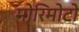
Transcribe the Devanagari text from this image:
मोरिमोटो